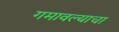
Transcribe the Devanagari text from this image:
गमावल्याचा